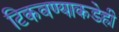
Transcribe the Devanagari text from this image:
टिकवण्याकडेही